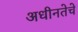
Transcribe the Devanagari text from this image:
अधीनतेचे